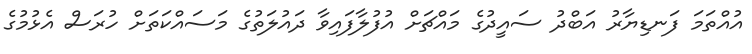
އުއްތަމަ ފަނޑިޔާރު އަބްދު ސައީދުގެ މައްޗަށް އުފުލާފައިވާ ދައުލަތުގެ މަސައްކަތަށް ހުރަސް އެޅުމުގެ